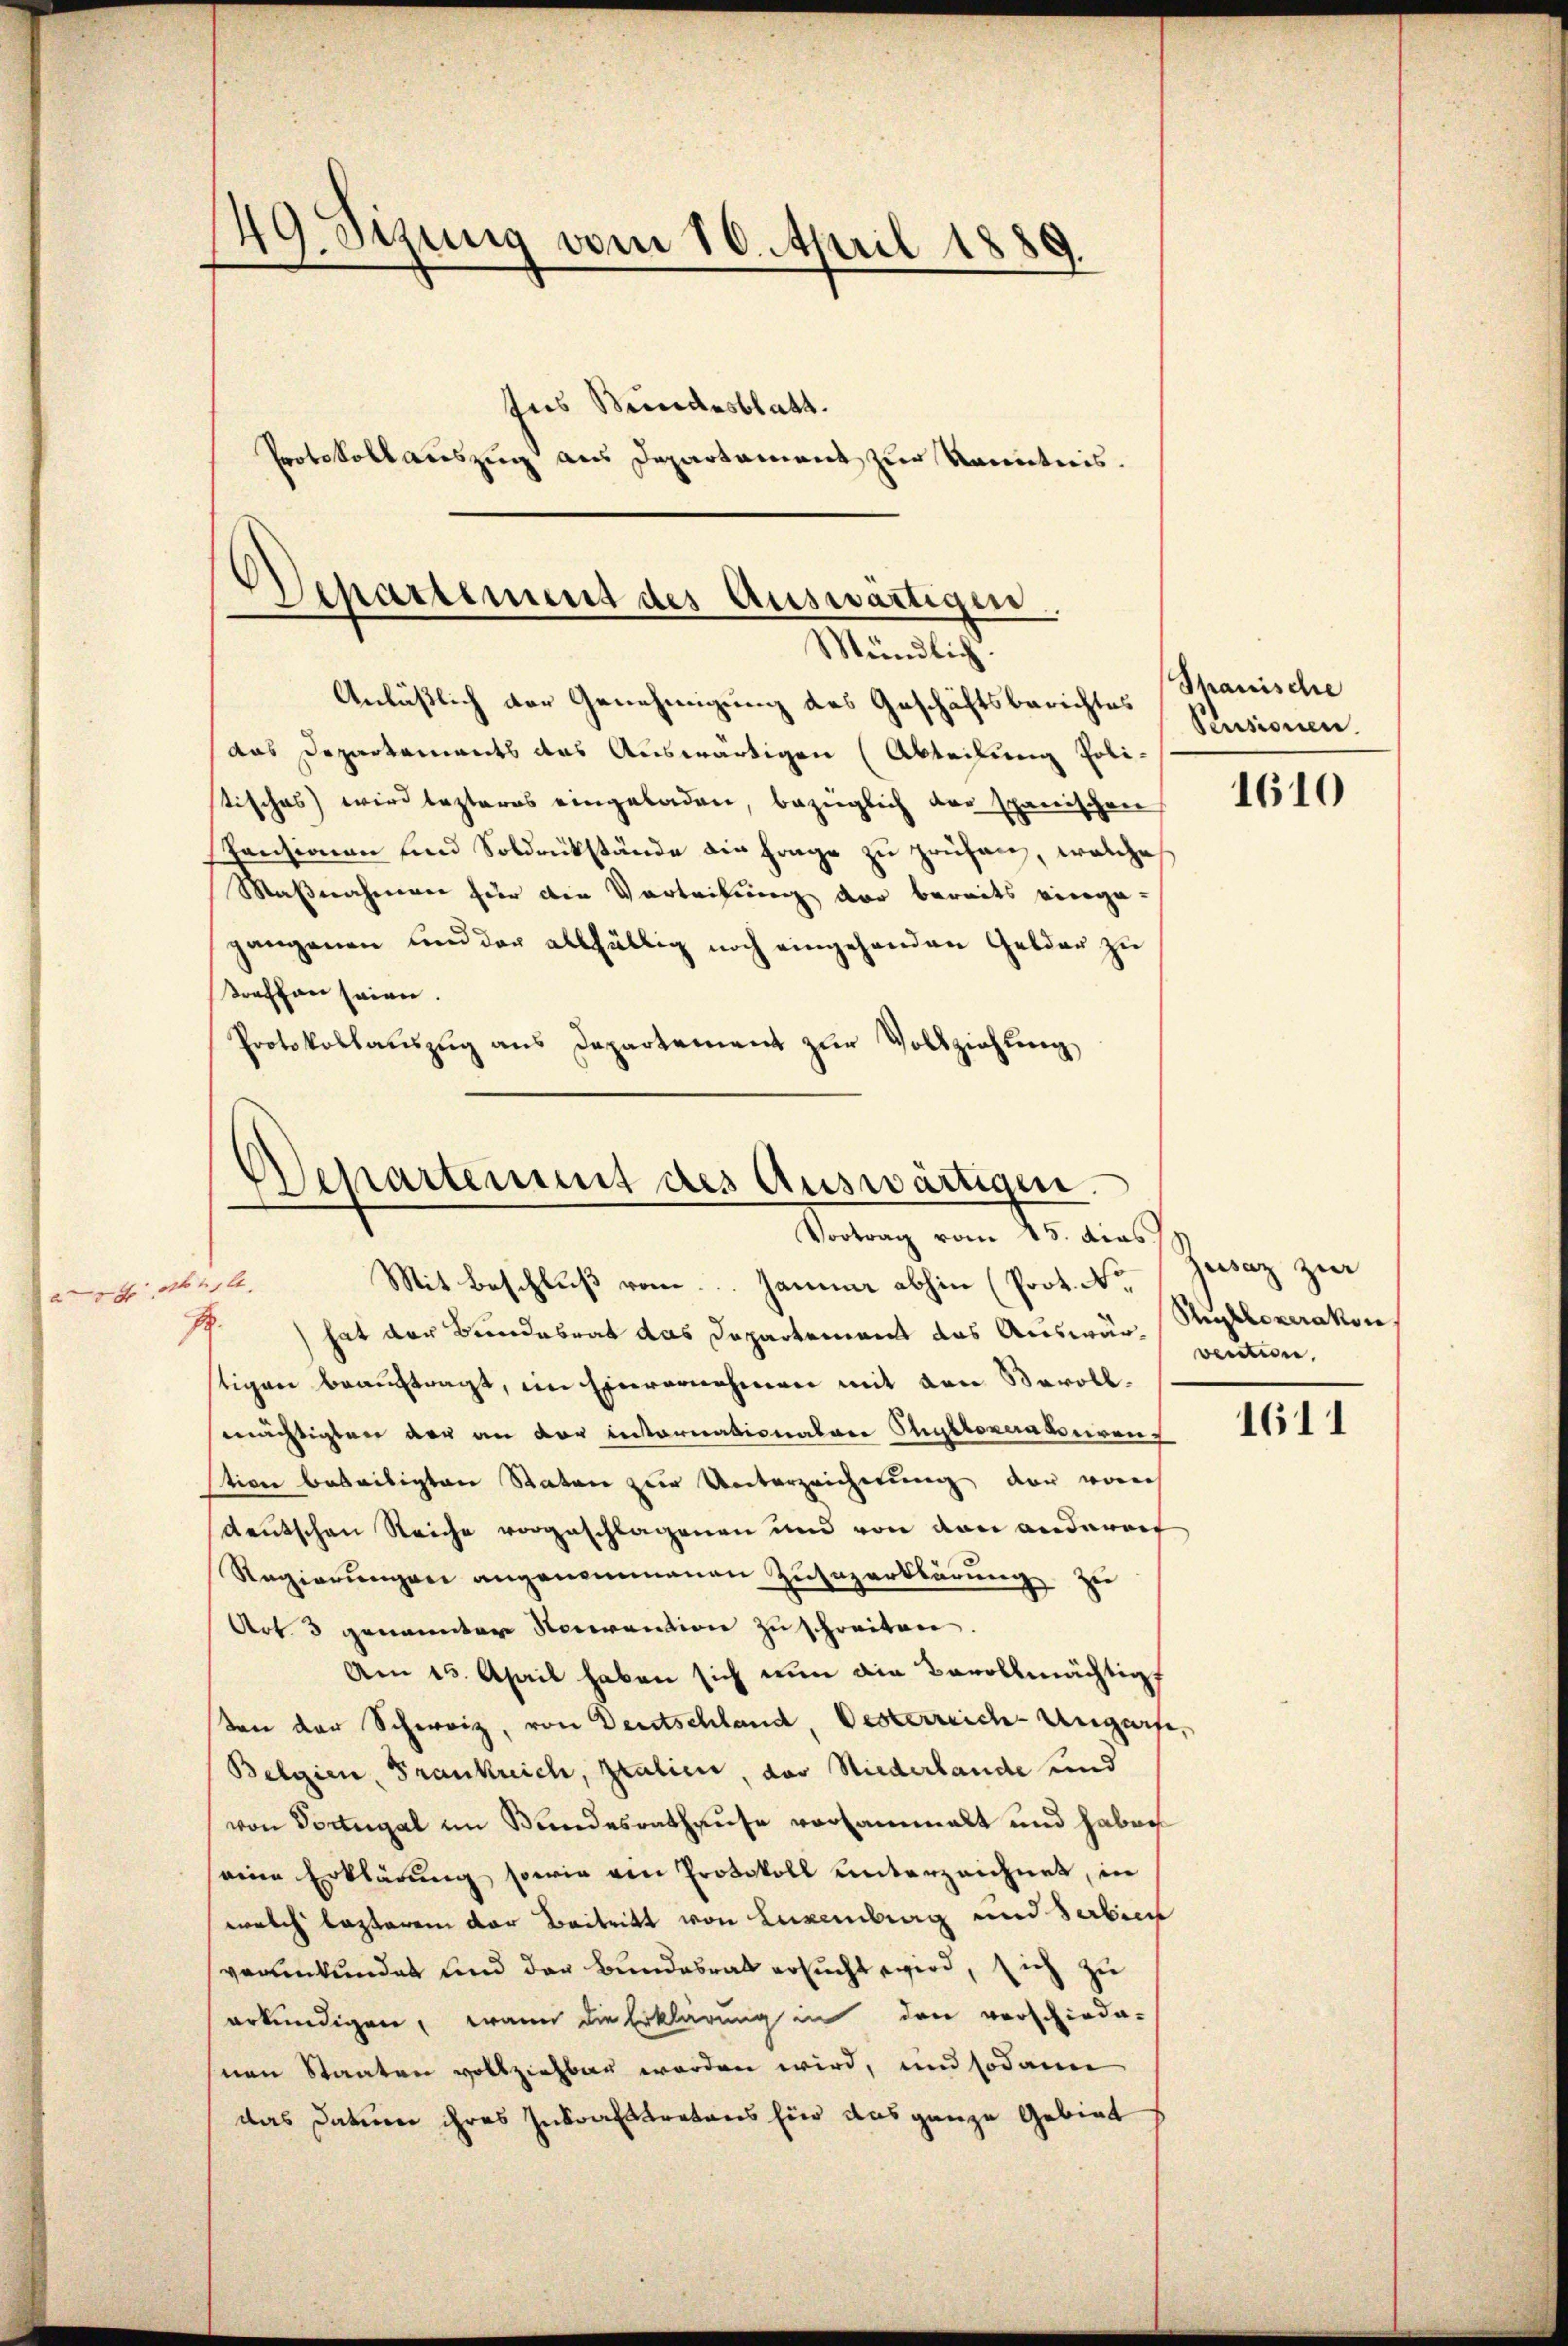
214.

49. Sezung vom 10. April 1889.
Ins Bundesblatt.
Protokollauszug aus Departament zur Kenntnis.

Separtement des Auswärtigen
Mündlich.

Anläßlich der Genehmigung des Geschäftsberichtes
das Departements das Auswärtigen (Abteilung Poli-
tisches) wird lezteres eingeladen, bezüglich der spanischen
spensionen und Soldrückstände die Frage zu prüfen, welche
Maßnahmen für den Vortribung der bereits verge-
gangenen und der allfällig noch eingehenden Gelder zu
treffen seien.
Protokollauszug aus Departement zur Vollziehung

Departement des Auswärtigen.
Vortrag vom 15. dies
Mit Beschluß vom Januar abhin (Prot. No

4 hat der Bundesrat das Departement das Auswar- vention,
stigen beauftragt, im Einvernehmen mit den Savollmächtigten der an der internationatare Thultoperaturenz
tion beseitigten Statur zur Unterzeichnung der varech
deutschen Reiche vorgeschlagenen und von den anderart
Regierŭngen angenommenen Zusazerklärung zu
Art. 3 genannter Nocevantion zu schreiten
Am 15. April haben sich nun die Bevollmächtig
Von der Schweiz, von Deutschland, Oesterreich Ungerfe,
Belgien, Frankreich, Italien, das Niederlande und
von Dortugal im Bundesrathause versammelt und haben
eine Erklärung sowie von Protokoll unterzeichnet, in
welch lezterem der Beitritt von Luxenberg und Serbien
verankundet und der Bundesrat ersucht wird, sich zu
erkundigen, wann die Erklärung in den verschiede-
nen Staaten vollziehbar werden wird, und sodann
das Datum ihres Inkrafttretens hier das ganze Gebiet

Spanische
Pensionen.

1610

Jusaz zur
Sybloperakor.

1611